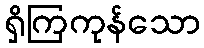
ရှိကြကုန်သော